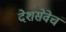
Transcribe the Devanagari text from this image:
देशसेवेचं